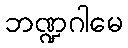
ဘဏ္ဍဂါမေ